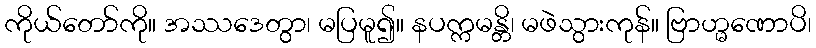
ကိုယ်တော်ကို။ အဿဒေတွာ၊ မပြမူ၍။ နပက္ကမန္တိ၊ မဖဲသွားကုန်။ ဗြာဟ္မဏောပိ၊